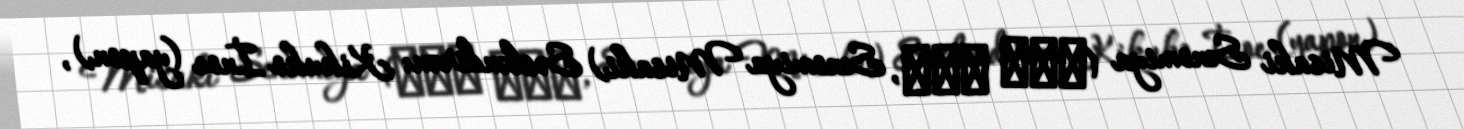
Misaki Senomiya (瀬乃宮 みさ希, Senomiya Misaki) Səsləndirən: Kikuko İnoe (yapon),